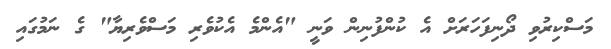
މަސްކިރުވި ދޯނިފަހަރަށް އެ ކުންފުނިން ވަނީ "އެންމެ އެކުވެރި މަސްވެރިޔާ" ގެ ނަމުގައި